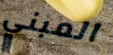
المبني